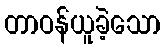
တာဝန်ယူခဲ့သော